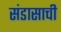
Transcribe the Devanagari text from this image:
संडासाची